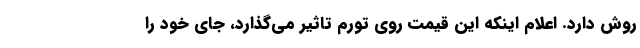
روش دارد. اعلام اینکه این قیمت روی تورم تاثیر می‌گذارد، جای خود را